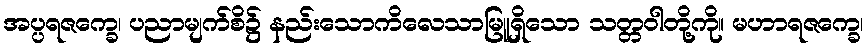
အပ္ပရဇက္ခေ၊ ပညာမျက်စိ၌ နည်းသောကိလေသာမြူရှိသော သတ္တဝါတို့ကို။ မဟာရဇက္ခေ၊